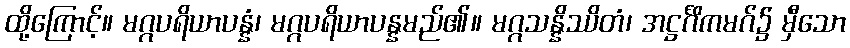
ထို့ကြောင့်။ မဂ္ဂပရိယာပန္နံ၊ မဂ္ဂပရိယာပန္နမည်၏။ မဂ္ဂသန္နိဿိတံ၊ အဋ္ဌင်္ဂိကမဂ်၌ မှီသော